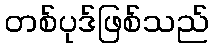
တစ်ပုဒ်ဖြစ်သည်